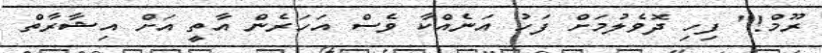
ރޫމް!" ފިހި ދޮވެލުމަށް ފަހު އަނެއްކާ ވެސް އަހަރެން އާތީ އަށް އިޝާރާތް